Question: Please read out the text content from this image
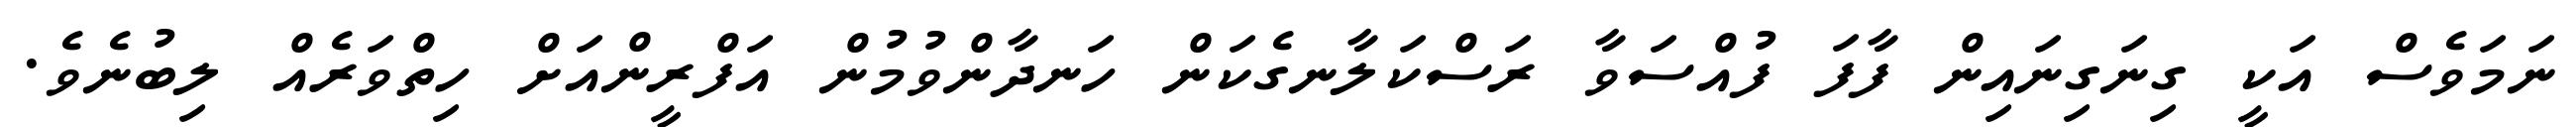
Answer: ނަމަވެސް އަކީ ގިނަގިނައިން ފާފަ ފުއްސަވާ ރަސްކަލާނގެކަން ހަނދާންވުމުން އަފްރީންއަށް ހިތްވަރެއް ލިބުނެވެ.